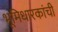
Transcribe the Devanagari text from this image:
भूमिधारकांची